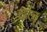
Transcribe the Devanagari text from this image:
ढल्